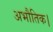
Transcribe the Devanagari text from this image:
अभौतिक।